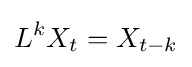
L^{k}X_{t}=X_{t-k}